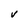
Character: V